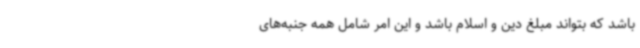
باشد که بتواند مبلغ دین و اسلام باشد و این امر شامل همه جنبه‌های